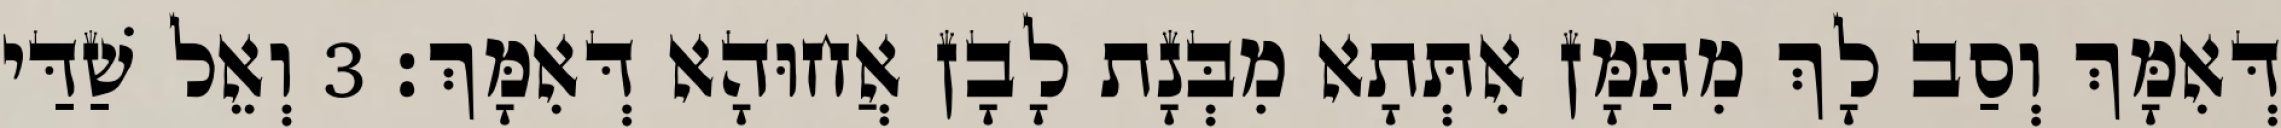
דְּאִמָּךְ וְסַב לָךְ מִתַּמָּן אִתְּתָא מִבְּנָת לָבָן אֲחוּהָא דְּאִמָּךְ׃ 3 וְאֵל שַׁדַּי